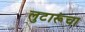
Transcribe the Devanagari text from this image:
लुटारूंचा